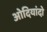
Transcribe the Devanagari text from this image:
ओदियांदो